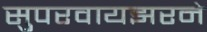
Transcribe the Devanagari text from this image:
सुपरवायझरने